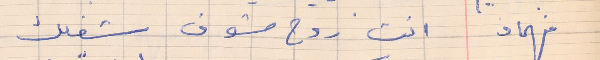
فهمان      انت روح شوف شغلك